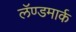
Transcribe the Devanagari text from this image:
लॅण्डमार्क